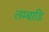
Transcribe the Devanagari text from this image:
लम्बाडि